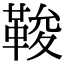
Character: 𩊻